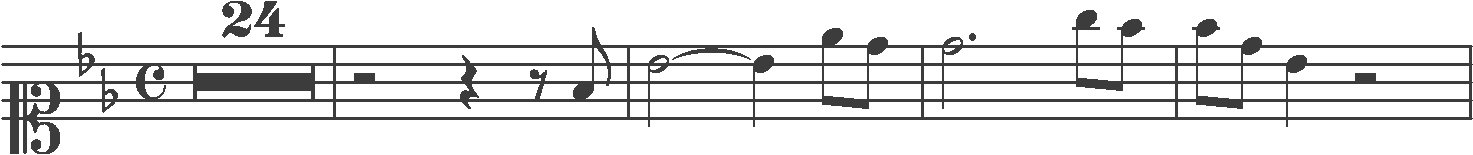
Transcription: clef-C1 keySignature-BbM timeSignature-C multirest-24 barline rest-half rest-quarter rest-eighth note-F4_eighth barline note-Bb4_half tie note-Bb4_quarter note-Eb5_eighth note-D5_eighth barline note-D5_half. note-G5_eighth note-F5_eighth barline note-F5_eighth note-D5_eighth note-Bb4_quarter rest-half barline